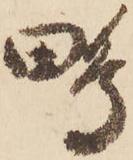
鴫